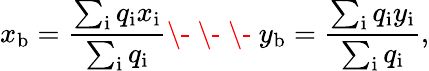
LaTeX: x_{\mathrm{{b}}}=\frac{\sum_{\mathrm{{i}}}q_{\mathrm{{i}}}x_{\mathrm{{i}}}}{\sum_{\mathrm{{i}}}q_{\mathrm{{i}}}}\- \ \- \ \- \ y_{\mathrm{{b}}}=\frac{\sum_{\mathrm{{i}}}q_{\mathrm{{i}}}y_{\mathrm{{i}}}}{\sum_{\mathrm{{i}}}q_{\mathrm{{i}}}},